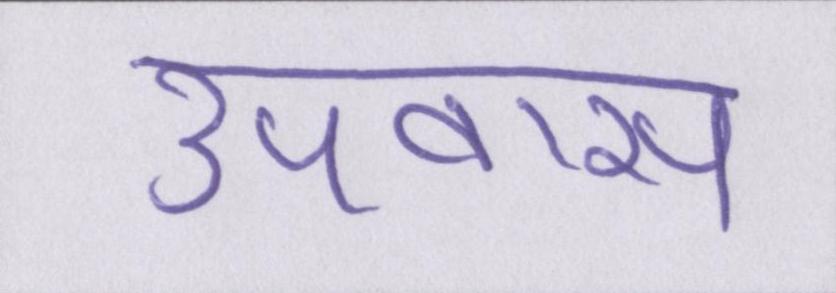
उपवास